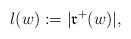
LaTeX: \begin{align*}l(w):=\vert \mathfrak{r}^+(w) \vert,\end{align*}